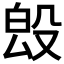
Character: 𣪕